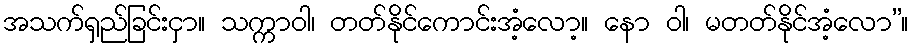
အသက်ရှည်ခြင်းငှာ။ သက္ကာဝါ၊ တတ်နိုင်ကောင်းအံ့လော့။ နော ဝါ၊ မတတ်နိုင်အံ့လော”။